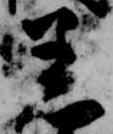
着